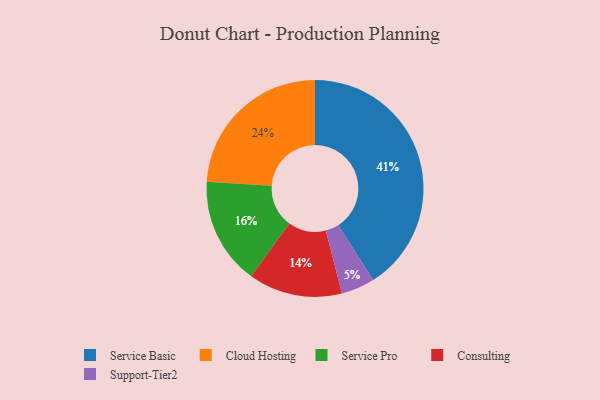
{"axis": {"x": "Category", "y": "Percentage"}, "legend": ["Cloud Hosting", "Consulting", "Service Basic", "Service Pro", "Support-Tier2"], "data": [{"x": "Service Basic", "y": 41, "type": "Service Basic"}, {"x": "Support-Tier2", "y": 5, "type": "Support-Tier2"}, {"x": "Service Pro", "y": 16, "type": "Service Pro"}, {"x": "Consulting", "y": 14, "type": "Consulting"}, {"x": "Cloud Hosting", "y": 24, "type": "Cloud Hosting"}]}